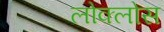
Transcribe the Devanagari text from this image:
लोक्लोस